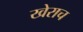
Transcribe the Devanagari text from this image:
खेराच